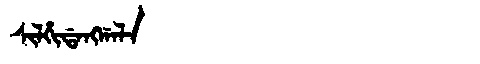
Manchu: ᠰᡳᠯᡥᡳᡩᠠᠩᡤᠠᠯᠠ
Romanization: SILHIDANGGALA